Civil Veterinary Dept. Assam report 1927-50 - 1927-1950
Year: 1927
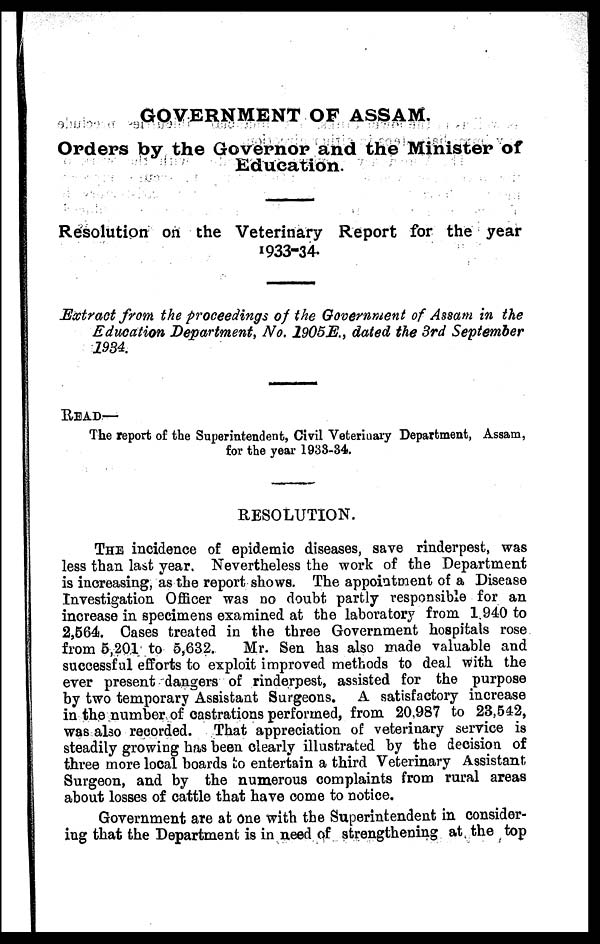
GOVERNMENT OF ASSAM.
Orders by the Governor and the Minister of
Education.
Resolution on the Veterinary Report for the year
1933-34.
Extract from the proceedings of the Government of Assam in the
Education Department, No. 1905E., dated the 3rd September
1934.
READ—
The report of the Superintendent, Civil Veterinary Department, Assam,
for the year 1953-34.
RESOLUTION.
THE incidence of epidemic diseases, save rinderpest, was
less than last year. Nevertheless the work of the Department
is increasing, as the report shows. The appointment of a Disease
Investigation Officer was DO doubt partly responsible for an
increase in specimens examined at the laboratory from 1940 to
2,664. Cases treated in the three Government hospitals rose
from 5,201 to 5,632.
Mr. Sen has also made valuable and
successful efforts to exploit improved methods to deal with the
ever present dangers of rinderpest, assisted for the purpose
by two temporary Assistant Surgeons. A satisfactory increase
in the number of castrations performed, from 20,987 to 23,542,
was also recorded. That appreciation of veterinary service is
steadily growing has been clearly illustrated by the decision of
three more local boards to entertain a third Veterinary Assistant.
Surgeon, and by the numerous complaints from rural areas
about losses of cattle that have come to notice.
Government are at One with the Superintendent in consider-
ing that the Department is in need of strengthening at the top